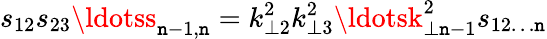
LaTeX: s_{12}s_{23}\ldotss_{\mathtt{n}-1,\mathtt{n}}=k_{\perp2}^{2}k_{\perp3}^{2}\ldotsk_{\perp\mathtt{n}-1}^{2}s_{12\ldots\mathtt{n}}